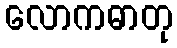
လောကဓာတု